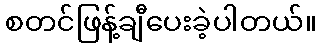
စတင်ဖြန့်ချီပေးခဲ့ပါတယ်။